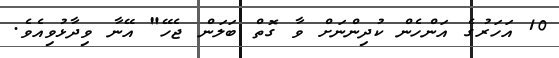
10 އަހަރުގެ އަންހެން ކުދިންނަށް ވާ ގޮތް ބަލަން ޖެހޭ" އޭނާ ވިދާޅުވިއެވެ.